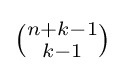
{\tbinom {n+k-1}{k-1}}